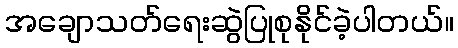
အချောသတ်ရေးဆွဲပြုစုနိုင်ခဲ့ပါတယ်။